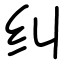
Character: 纠